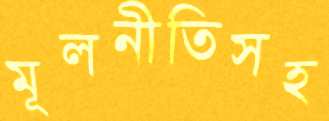
মূলনীতিসহ